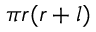
\pi r ( r + l ) \,